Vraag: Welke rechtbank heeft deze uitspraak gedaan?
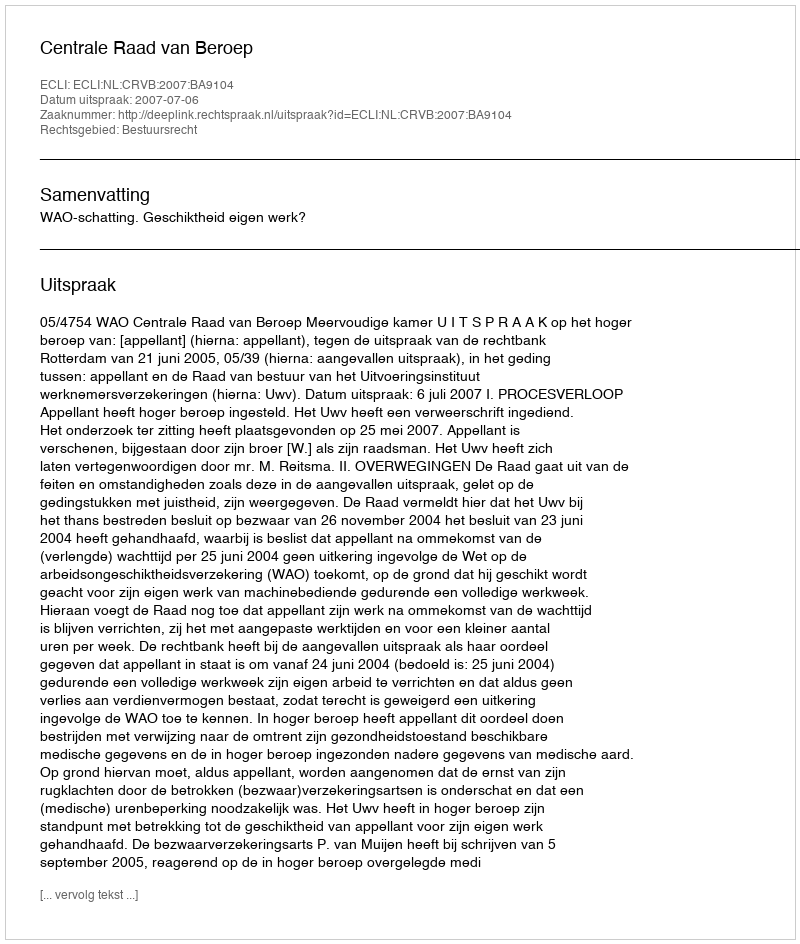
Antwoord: Centrale Raad van Beroep